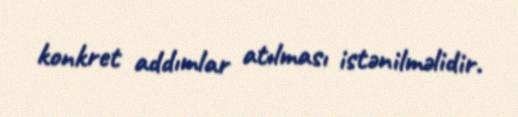
konkret addımlar atılması istənilməlidir.